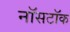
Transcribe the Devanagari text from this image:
नॉसटॉक